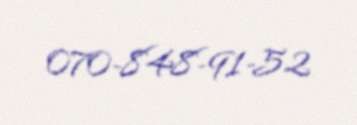
070-848-91-52